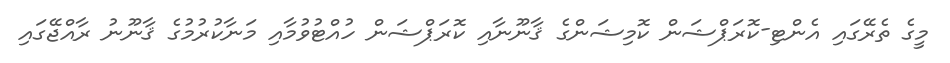
މީގެ ތެރޭގައި އެންޓި-ކޮރަޕްޝަން ކޮމިޝަންގެ ޤާނޫނާއި ކޮރަޕްޝަން ހުއްޓުވުމާއި މަނާކުރުމުގެ ޤާނޫނު ރާއްޖޭގައި